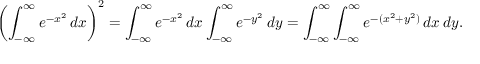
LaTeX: \left( \int _ { - \infty } ^ { \infty } e ^ { - x ^ { 2 } } \, d x \right) ^ { 2 } = \int _ { - \infty } ^ { \infty } e ^ { - x ^ { 2 } } \, d x \int _ { - \infty } ^ { \infty } e ^ { - y ^ { 2 } } \, d y = \int _ { - \infty } ^ { \infty } \int _ { - \infty } ^ { \infty } e ^ { - ( x ^ { 2 } + y ^ { 2 } ) } \, d x \, d y .